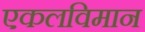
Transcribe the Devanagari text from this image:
एकलविमान